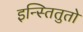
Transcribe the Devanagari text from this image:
इन्स्तितुतो